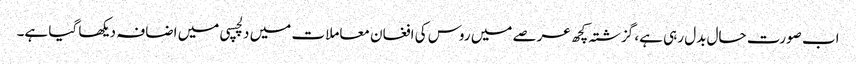
اب صورت حال بدل رہی ہے، گزشتہ کچھ عرصے میں روس کی افغان معاملات میں دلچسپی میں اضافہ دیکھا گیا ہے۔